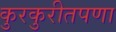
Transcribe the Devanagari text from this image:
कुरकुरीतपणा